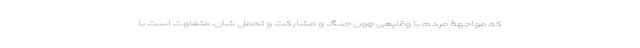
که مواجهۀ مردم با وقایعی چون جنگ و مشارکت و تحمل شان، متفاوت است با